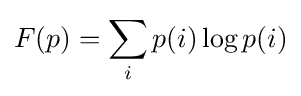
F(p)=\sum _{i}p(i)\log p(i)